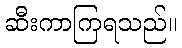
ဆီးကာကြရသည်။